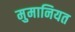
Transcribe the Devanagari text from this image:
मुमानियत